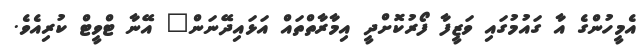
އެމީހުންގެ އާ ގައުމުގައި ވަޒީފާ ފޯރުކޮށްދީ އިމާރާތްތައް އަޅައިދޭނަން" އޭނާ ޓްވީޓް ކުރިއެވެ.